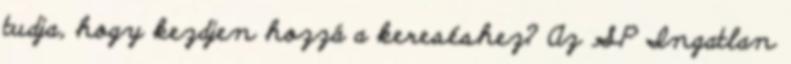
tudja, hogy kezdjen hozzá a kereséshez? Az SP Ingatlan